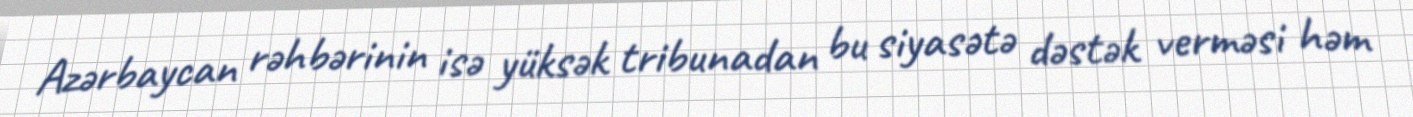
Azərbaycan rəhbərinin isə yüksək tribunadan bu siyasətə dəstək verməsi həm